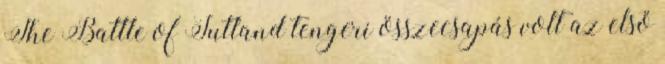
The Battle of Jutland tengeri összecsapás volt az első